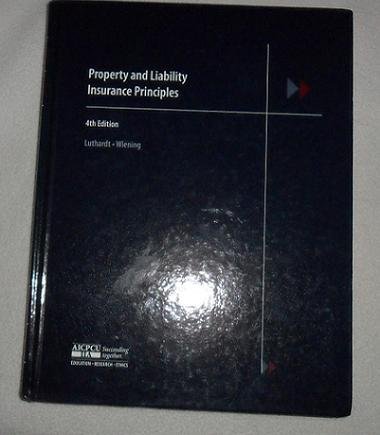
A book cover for PROPERTY AND LIABILITY INSURANCE PRINCIPLES 4TH EDITION 2005; Wiening & Ludhardt; Business & Money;